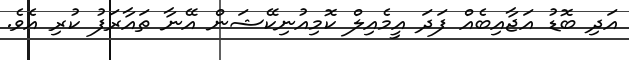
އަދި ބޮޑު އަޖާއިބެއް ފަދަ އީމެއިލް ކޮމިއުނިކޭޝަން އޭނާ ތައާރަފު ކުރި އެވެ.